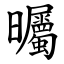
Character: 曯